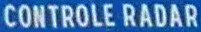
CONTROLE RADAR